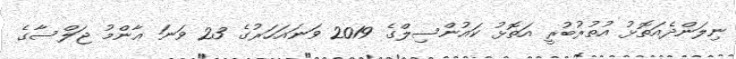
ނިލަންދެއަތޮޅު އުތުރުބުރީ އަތޮޅު ކައުންސިލްގެ 2019 ވަނައަހަރުގެ 23 ވަނަ ޢާންމު ޖަލްސާގެ